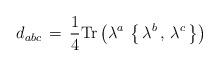
LaTeX: \begin{align*}d_{abc} \, = \, \frac{1}{4} \mbox{Tr} \left( \lambda^a \, \left\{ \,\lambda^b \, , \, \lambda^c \, \right\} \right)\end{align*}